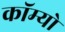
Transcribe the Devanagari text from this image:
कॉम्‍यो